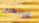
فرانكس